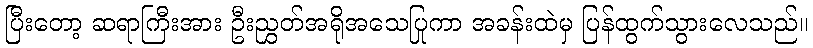
ပြီးတော့ ဆရာကြီးအား ဦးညွှတ်အရိုအသေပြုကာ အခန်းထဲမှ ပြန်ထွက်သွားလေသည်။